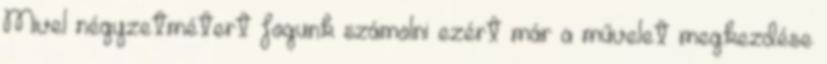
Mivel négyzetmétert fogunk számolni ezért már a művelet megkezdése